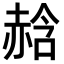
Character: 𧹣